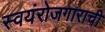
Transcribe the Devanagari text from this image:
स्वयंरोजगाराची